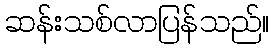
ဆန်းသစ်လာပြန်သည်။